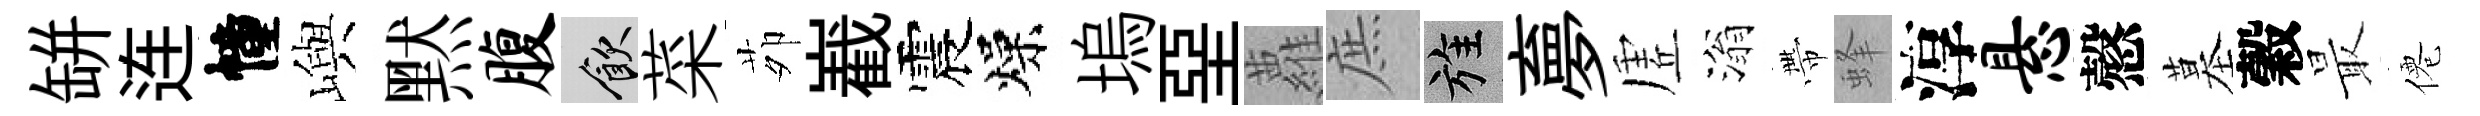
缾连幢嶼黙腹飲菜茆嶻震燥塢堊蘿庶旌夣虗滃帶蜂淳悬慤墓穀最僊